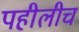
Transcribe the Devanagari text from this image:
पहीलीच